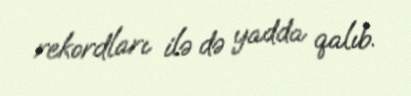
rekordları ilə də yadda qalıb.